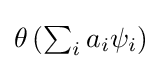
{\textstyle \theta \left(\sum _{i}a_{i}\psi _{i}\right)}